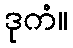
ဒုကံ။